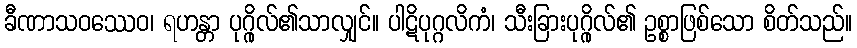
ခီဏာသဝဿေဝ၊ ရဟန္တာ ပုဂ္ဂိုလ်၏သာလျှင်။ ပါဋိပုဂ္ဂလိကံ၊ သီးခြားပုဂ္ဂိုလ်၏ ဥစ္စာဖြစ်သော စိတ်သည်။